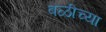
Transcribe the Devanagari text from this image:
बळीच्या